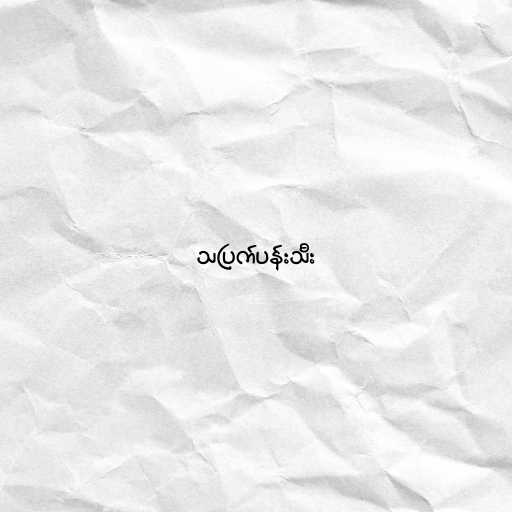
သပြက်ပန်းသီး